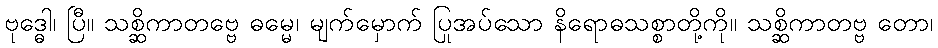
ဗုဒ္ဓေါ၊ ပြီ။ သစ္ဆိကာတဗ္ဗေ ဓမ္မေ၊ မျက်မှောက် ပြုအပ်သော နိရောဓသစ္စာတို့ကို။ သစ္ဆိကာတဗ္ဗ တော၊